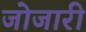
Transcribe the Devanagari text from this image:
जोजारी